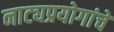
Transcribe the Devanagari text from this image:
नाट्यप्रयोगांचे